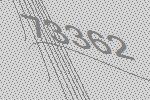
73362